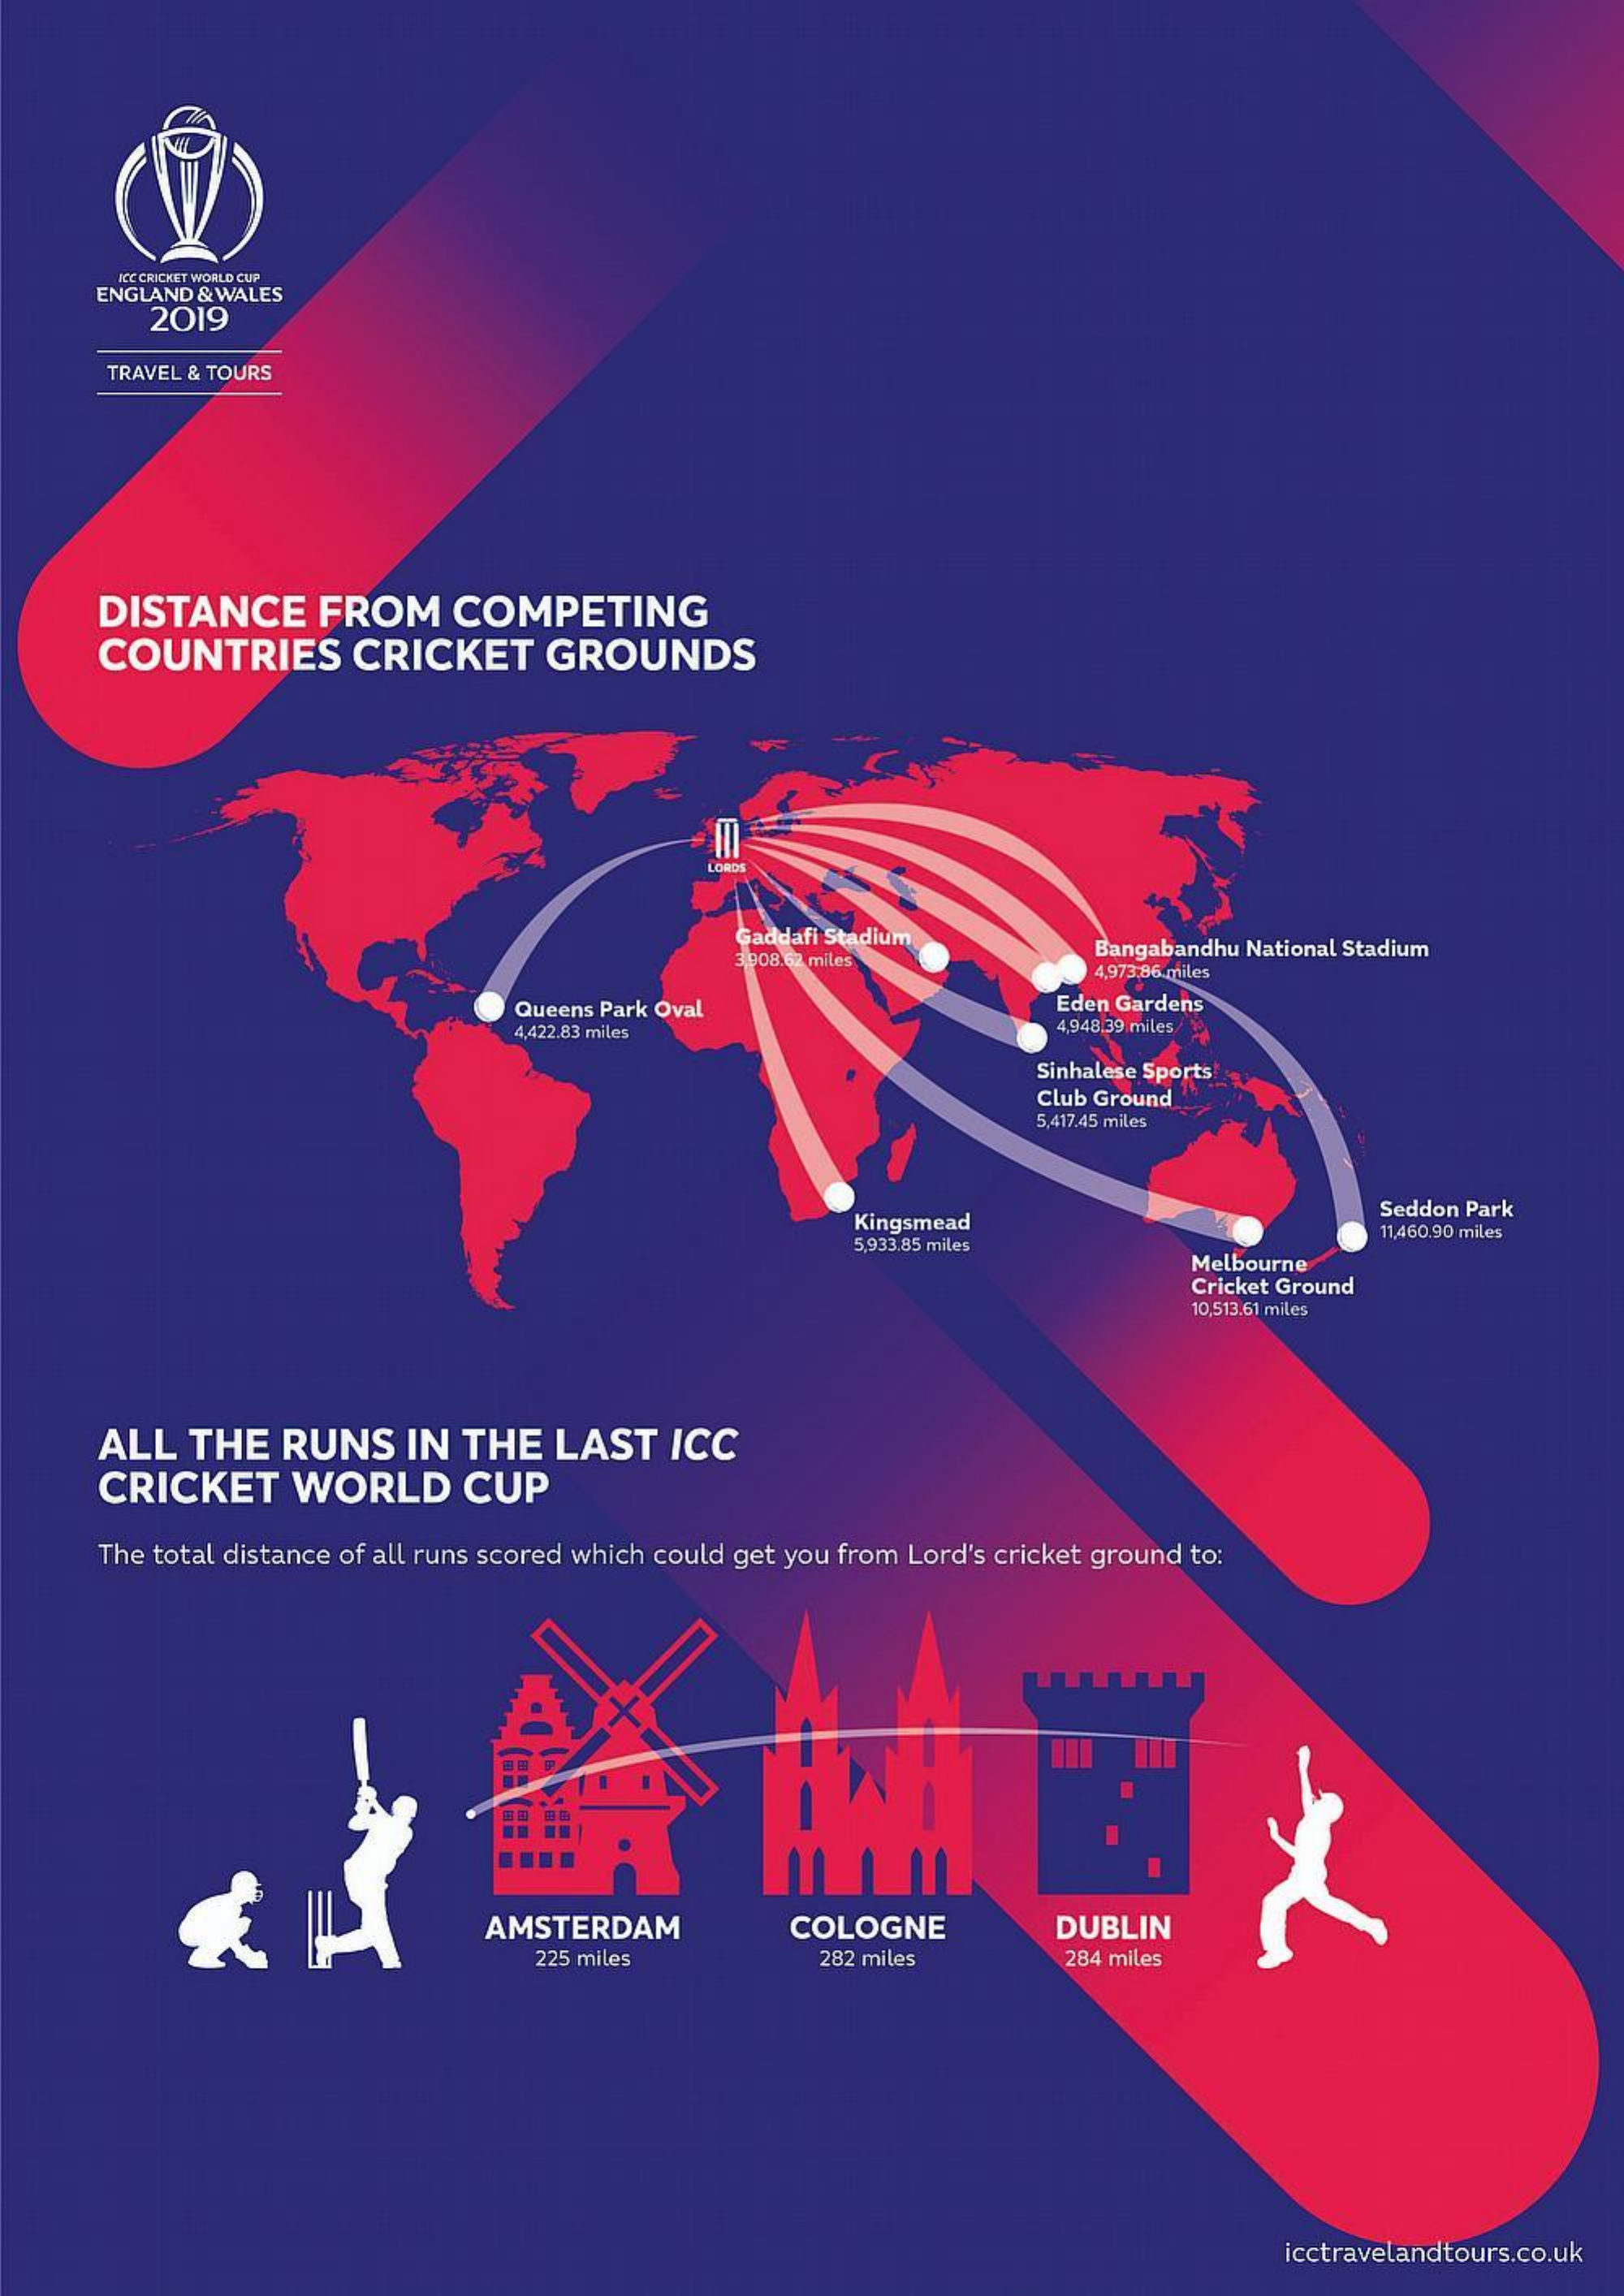
KE CRICKET WORLD CUP
     ENGLAND & WALES
     2019
     TRAVEL & TOURS
     DISTANCE    FROM    COMPETING
     COUNTRIES    CRICKET    GROUNDS
     LORSS
     Gaddafi Stad adium
     3,908.62 miles
     Bangabandhu National Stadium
     4,973,86 miles
     Queens Park Oval    Eden Gardens
     4,422.83 miles    4,948 39 miles/
     Sinhalese Sports
     Club Ground
     5,417.45 miles
     Kingsmead
     Seddon Park
     5,933.85 miles
     11,460.90 miles
     Melbourne
     Cricket Ground
     10,513,61 miles
     ALL  THE   RUNS    IN  THE   LAST   ICC
     CRICKET    WORLD    CUP
     The total distance of all runs scored which could get you from Lord's cricket ground to:
     AMSTERDAM    COLOGNE    DUBLIN
     225 miles    282 miles    284 miles
     icctravelandtours.co.uk